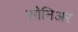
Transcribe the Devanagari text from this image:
सोनिअर